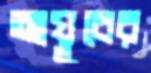
আয়ূবের